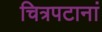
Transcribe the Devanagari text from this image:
चित्रपटानां